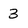
Character: 3